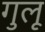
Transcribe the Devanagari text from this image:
गुलू